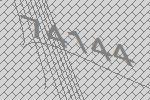
74144